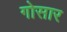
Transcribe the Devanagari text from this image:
गोसार